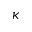
\kappa